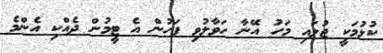
ކުޅުމަކީ ޖުލައި މަހު އޭނާ ހަވާލުވި ފަހުން އެ ޓީމުން ދެއްކި އެންމެ